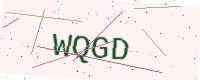
Text: WQGD